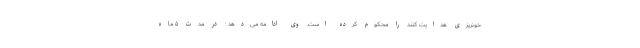
خونریزی هدایت کنند را محکوم کرده است. وی ادامه می‌دهد : در مدت ۵ ماه